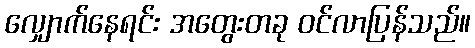
လျှောက်နေရင်း အတွေးတခု ဝင်လာပြန်သည်။